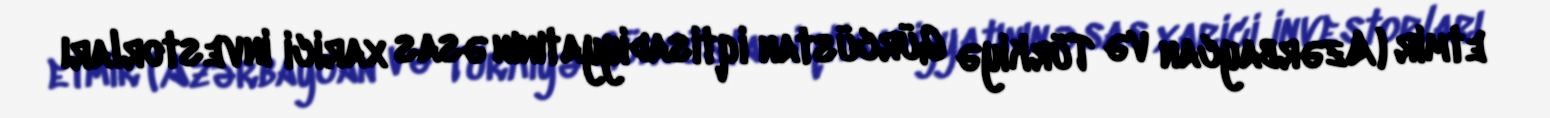
etmir (Azərbaycan və Türkiyə Gürcüstan iqtisadiyyatının əsas xarici investorları